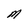
Character: M